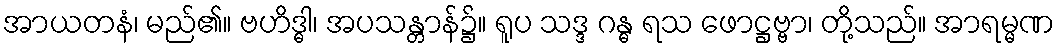
အာယတနံ၊ မည်၏။ ဗဟိဒ္ဓါ၊ အပသန္တာန်၌။ ရူပ သဒ္ဒ ဂန္ဓ ရသ ဖောဋ္ဌဗ္ဗာ၊ တို့သည်။ အာရမ္မဏ